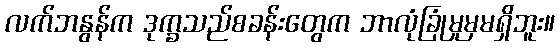
လက်ဘနွန်က ဒုက္ခသည်စခန်းတွေက ဘာလုံခြုံမှုမှမရှိဘူး။